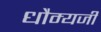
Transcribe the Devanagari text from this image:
धौम्यजी